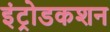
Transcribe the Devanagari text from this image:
इंट्रोडकशन